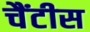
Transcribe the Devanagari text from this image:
चैंटीस